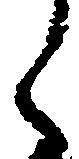
之